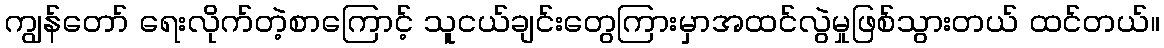
ကျွန်တော် ရေးလိုက်တဲ့စာကြောင့် သူငယ်ချင်းတွေကြားမှာအထင်လွဲမှုဖြစ်သွားတယ် ထင်တယ်။